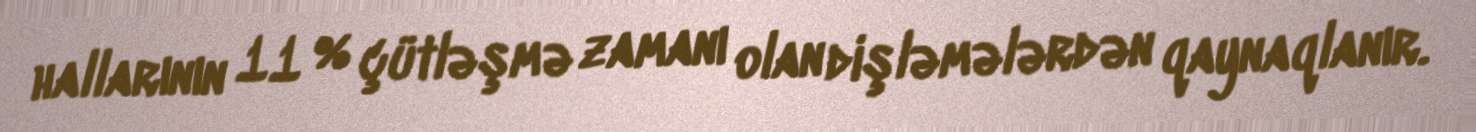
hallarının 11 % çütləşmə zamanı olan dişləmələrdən qaynaqlanır.